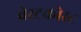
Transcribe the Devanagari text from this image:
वेस्टकोस्ट